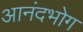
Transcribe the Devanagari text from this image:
आनंदभोग